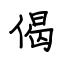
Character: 偈